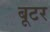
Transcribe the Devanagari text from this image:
बूटर